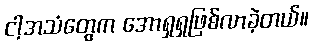
ငါ့အသံတွေက အောရှရှဖြစ်လာခဲ့တယ်။